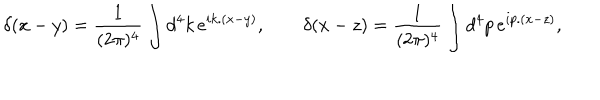
\delta ( x - y ) = { \frac { 1 } { ( 2 \pi ) ^ { 4 } } } \int d ^ { 4 } k \, e ^ { i k . ( x - y ) } , \qquad \delta ( x - z ) = { \frac { 1 } { ( 2 \pi ) ^ { 4 } } } \int d ^ { 4 } p \, e ^ { i p . ( x - z ) } ,